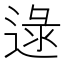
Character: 逯